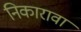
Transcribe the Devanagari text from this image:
निकारावा